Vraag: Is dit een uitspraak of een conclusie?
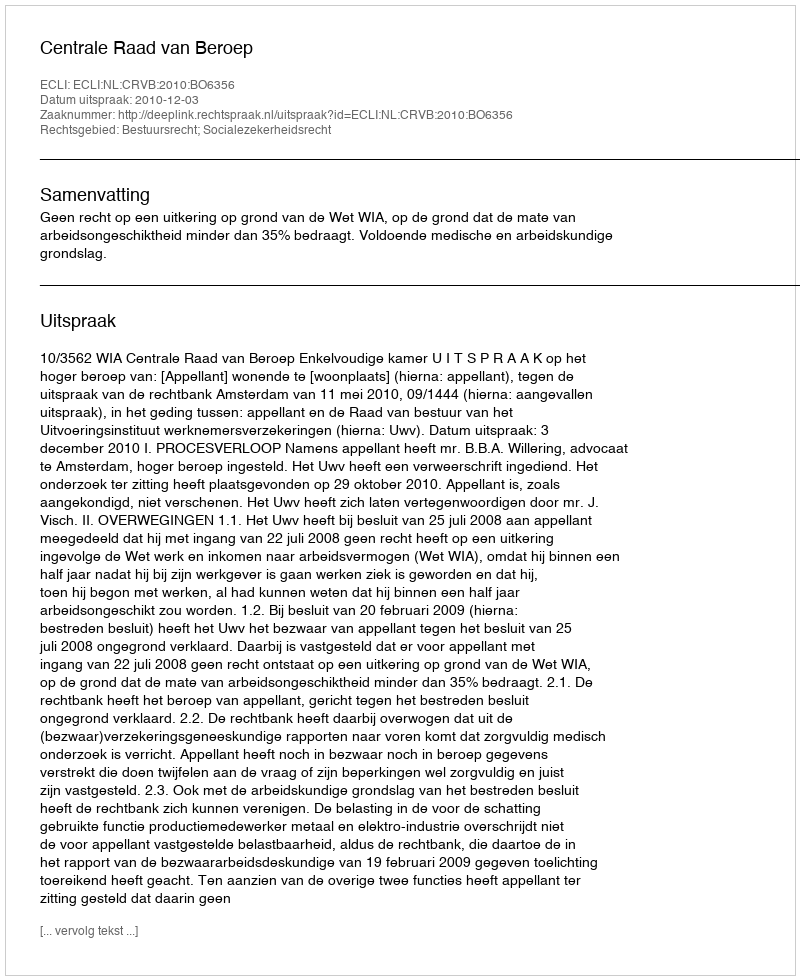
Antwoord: Uitspraak